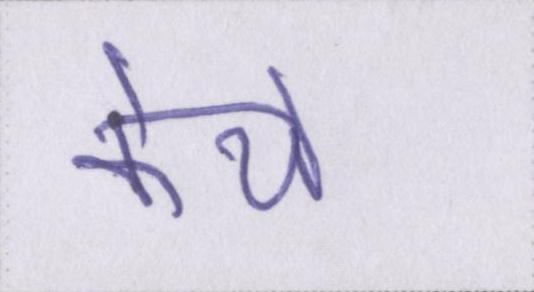
केये